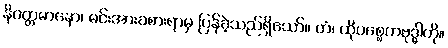
နိဝတ္တမာနော၊ မင်းအားခစားရာမှ ပြန်ခဲ့သည်ရှိသော်။ တံ၊ ထိုပစ္စေကဗုဒ္ဓါကို။